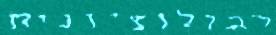
רבולוציונית